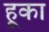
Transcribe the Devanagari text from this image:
हूका